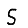
Digit: 5